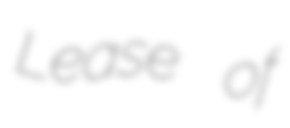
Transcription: Lease of